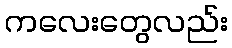
ကလေးတွေလည်း